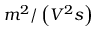
m ^ { 2 } / \left( V ^ { 2 } s \right)